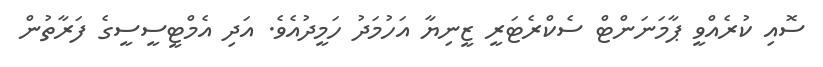
ސޮއި ކުރެއްވީ ޕާމަނަންޓް ސެކްރެޓަރީ ޒީނިޔާ އަހުމަދު ހަމީދުއެވެ. އަދި އެމްޓީސީސީގެ ފަރާތުން